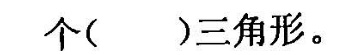
个( )三角形。